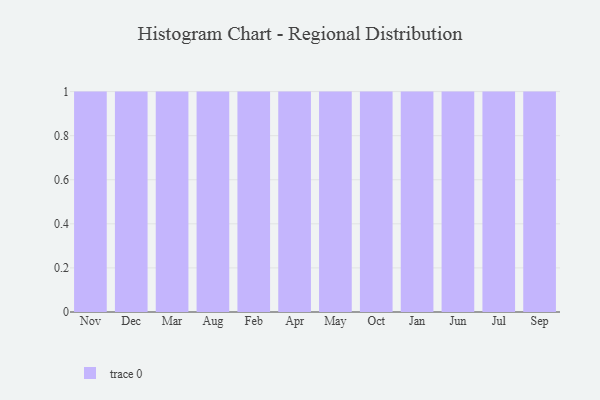
{"axis": {"x": "Month", "y": "Waste Production (Tons)"}, "legend": [""], "data": [{"x": "Nov", "y": 77, "type": ""}, {"x": "Dec", "y": 72, "type": ""}, {"x": "Mar", "y": 46, "type": ""}, {"x": "Aug", "y": 90, "type": ""}, {"x": "Feb", "y": 44, "type": ""}, {"x": "Apr", "y": 21, "type": ""}, {"x": "May", "y": 76, "type": ""}, {"x": "Oct", "y": 78, "type": ""}, {"x": "Jan", "y": 88, "type": ""}, {"x": "Jun", "y": 65, "type": ""}, {"x": "Jul", "y": 66, "type": ""}, {"x": "Sep", "y": 37, "type": ""}]}